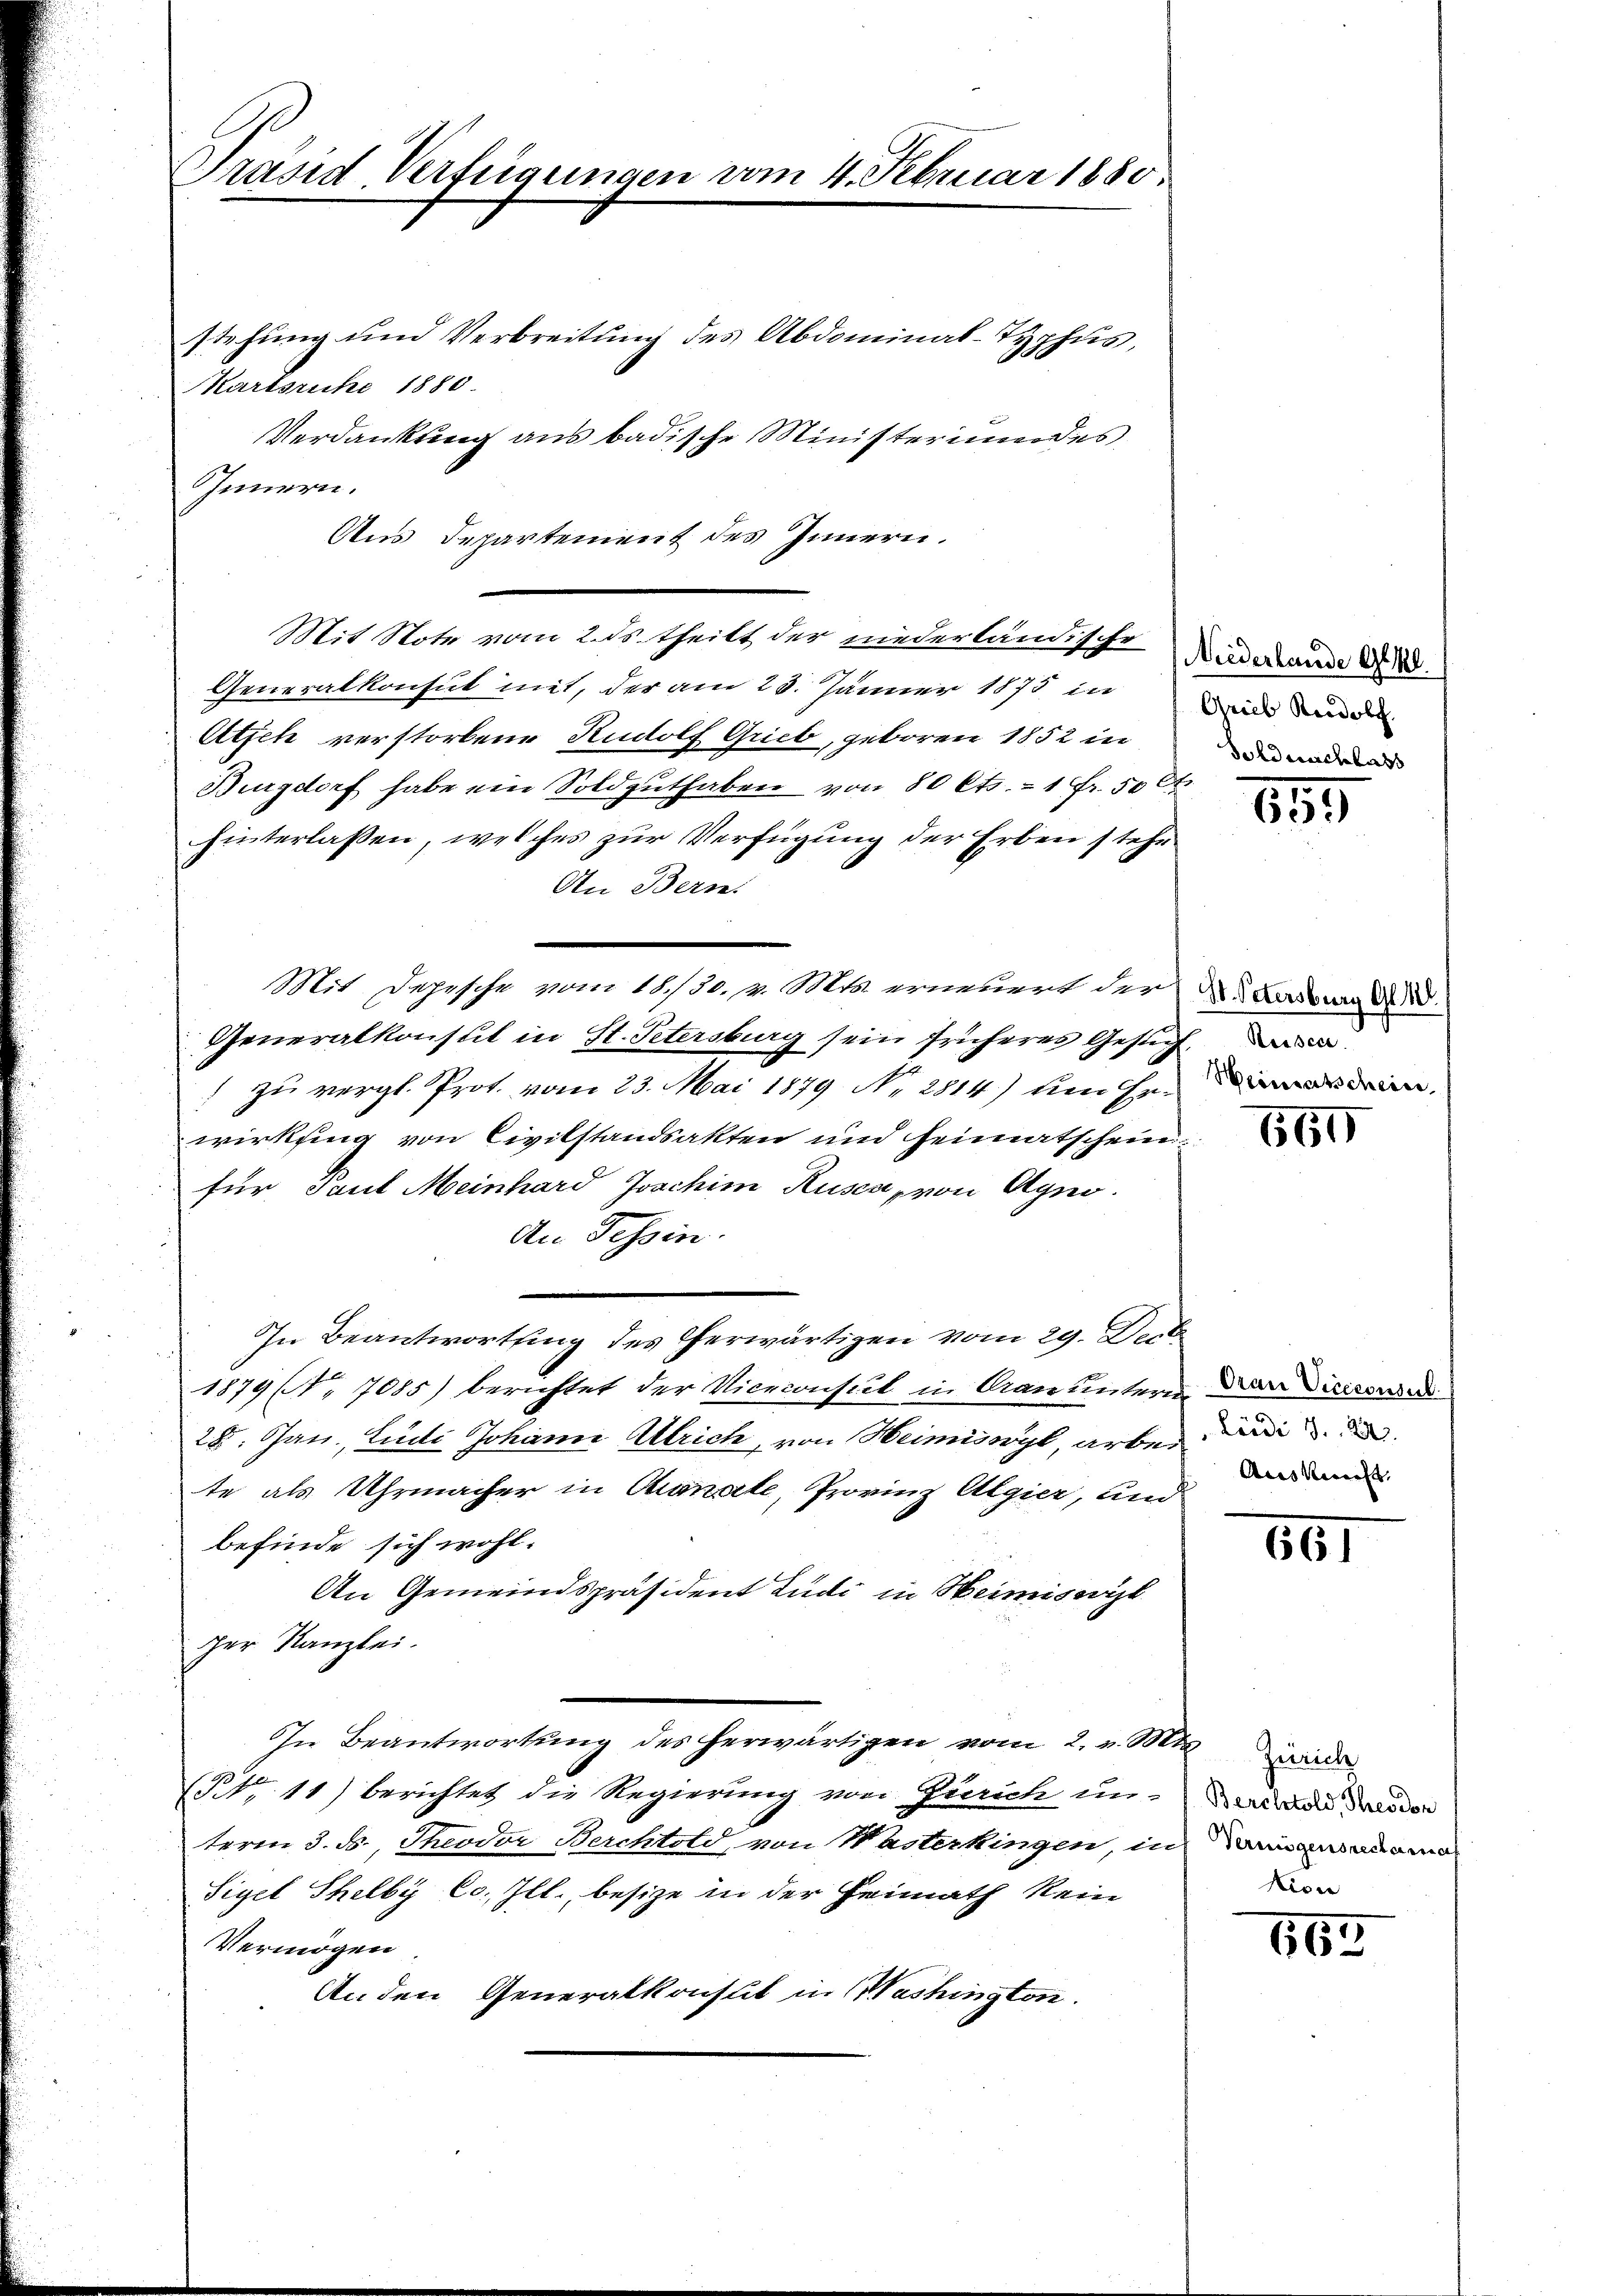
Präsid Verfügungen vom 4. Februar 1880.
stehung und Verbreitung des Abdominal-Typhus,

Karlsruhe 1880.
Verdankung aus badische Ministerium des
Innern.
Aus Departement des Innern.
Mit Note vom 2. ds. theilt der niederländische
Generalkonsul mit, der am 23. Jänner 1875 in
Atsch verstorbene Rudolf Grieb, geboren 1852 in
Burgdorf habe ein Soldguthaben von 80 Cts. = 1 Fr. 50 Ct
hinterlassen, welches zur Verfügung der Erben stehe.
An Bern.
Mit Depische vom 18./30. pr. Mts. erneuert der Verdung d
Generalkonsul in St. Petersburg sein früheres Gesuch,
1 zu vergl. Prot. vom 23. Mai 1879 Nr. 2814) den Erin
wirkling von Civilstandsakten und Heimatschein
für Paul Meinhard Joschim Rusca von Agno.
An Tessin.
In Beantwortung des herwärtigen vom 29. Deck
1879 No 7085) berichtet der Viceconseit in Aran untere Der Dierconse
28. Jan, Ludi Johann Ulrich, von Heimiswyl, arbei
te als Uhrmacher in Chanate, Provinz Algier, und
befinde sich wohl.
An Gemeindspräsident Ludi in Heimiserk
cher Kanzlei.
In Beantwortung des herwärtigen vom 2. v. Mts. wieder
Nr 11) Berichtet die Regierung von Zürich und an den der
term 3. S., Theodor Berchtold, von Wasterkingen, in Wiganoma
Sigel Shelby Co. Ill., besize in der Heimath kein
Vermögen
Anden Generalkonseit in Washington.

Niederhande Gesel
Grieb Rordolf
Soldnachlass

154

661

Ausmacht,

861

Non

665